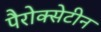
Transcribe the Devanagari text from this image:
पैरोक्सेटीन